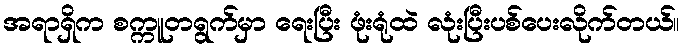
အရာရှိက စက္ကူတရွက်မှာ ရေးပြီး ဖုံးရုံထဲ လုံးပြီးပစ်ပေးလိုက်တယ်။